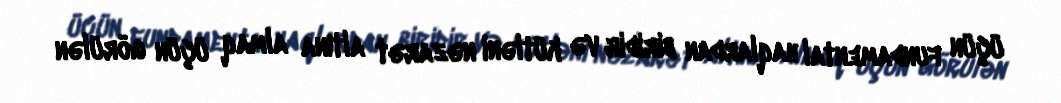
üçün fundamental haqlardan biridir və kütləni nəzarət altına almaq üçün görülən